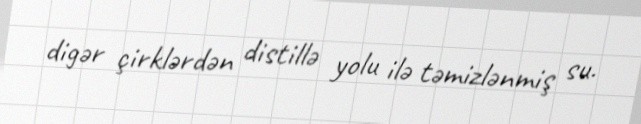
digər çirklərdən distillə yolu ilə təmizlənmiş su.